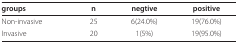
| groups | n | negtive | positive |
 | --- | --- | --- | --- |
 | Non-invasive | 25 | 6(24.0%) | 19(76.0%) |
 | Invasive | 20 | 1(5%) | 19(95.0%) |